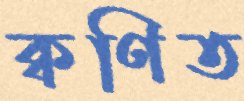
ক্বণিত